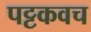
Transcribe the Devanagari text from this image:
पट्टकवच